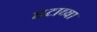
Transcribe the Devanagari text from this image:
घटाच्या